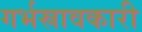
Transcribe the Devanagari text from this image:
गर्भस्रावकारी